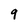
Character: 9